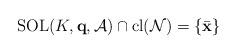
LaTeX: \begin{align*}{\rm SOL}(K,{\bf q},\mathcal{A})\cap {\rm cl}(\mathcal{N}) = \{ \bar {\bf x}\}\end{align*}